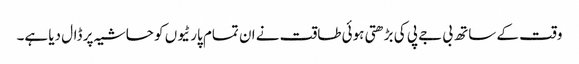
وقت کے ساتھ بی جے پی کی بڑھتی ہوئی طاقت نے ان تمام پارٹیوں کو حاشیہ پر ڈال دیا ہے۔